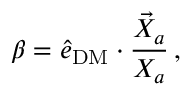
\beta = \hat { e } _ { \mathrm { D M } } \cdot \frac { \vec { X } _ { a } } { X _ { a } } \, ,